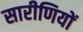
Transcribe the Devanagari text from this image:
सारीणियों